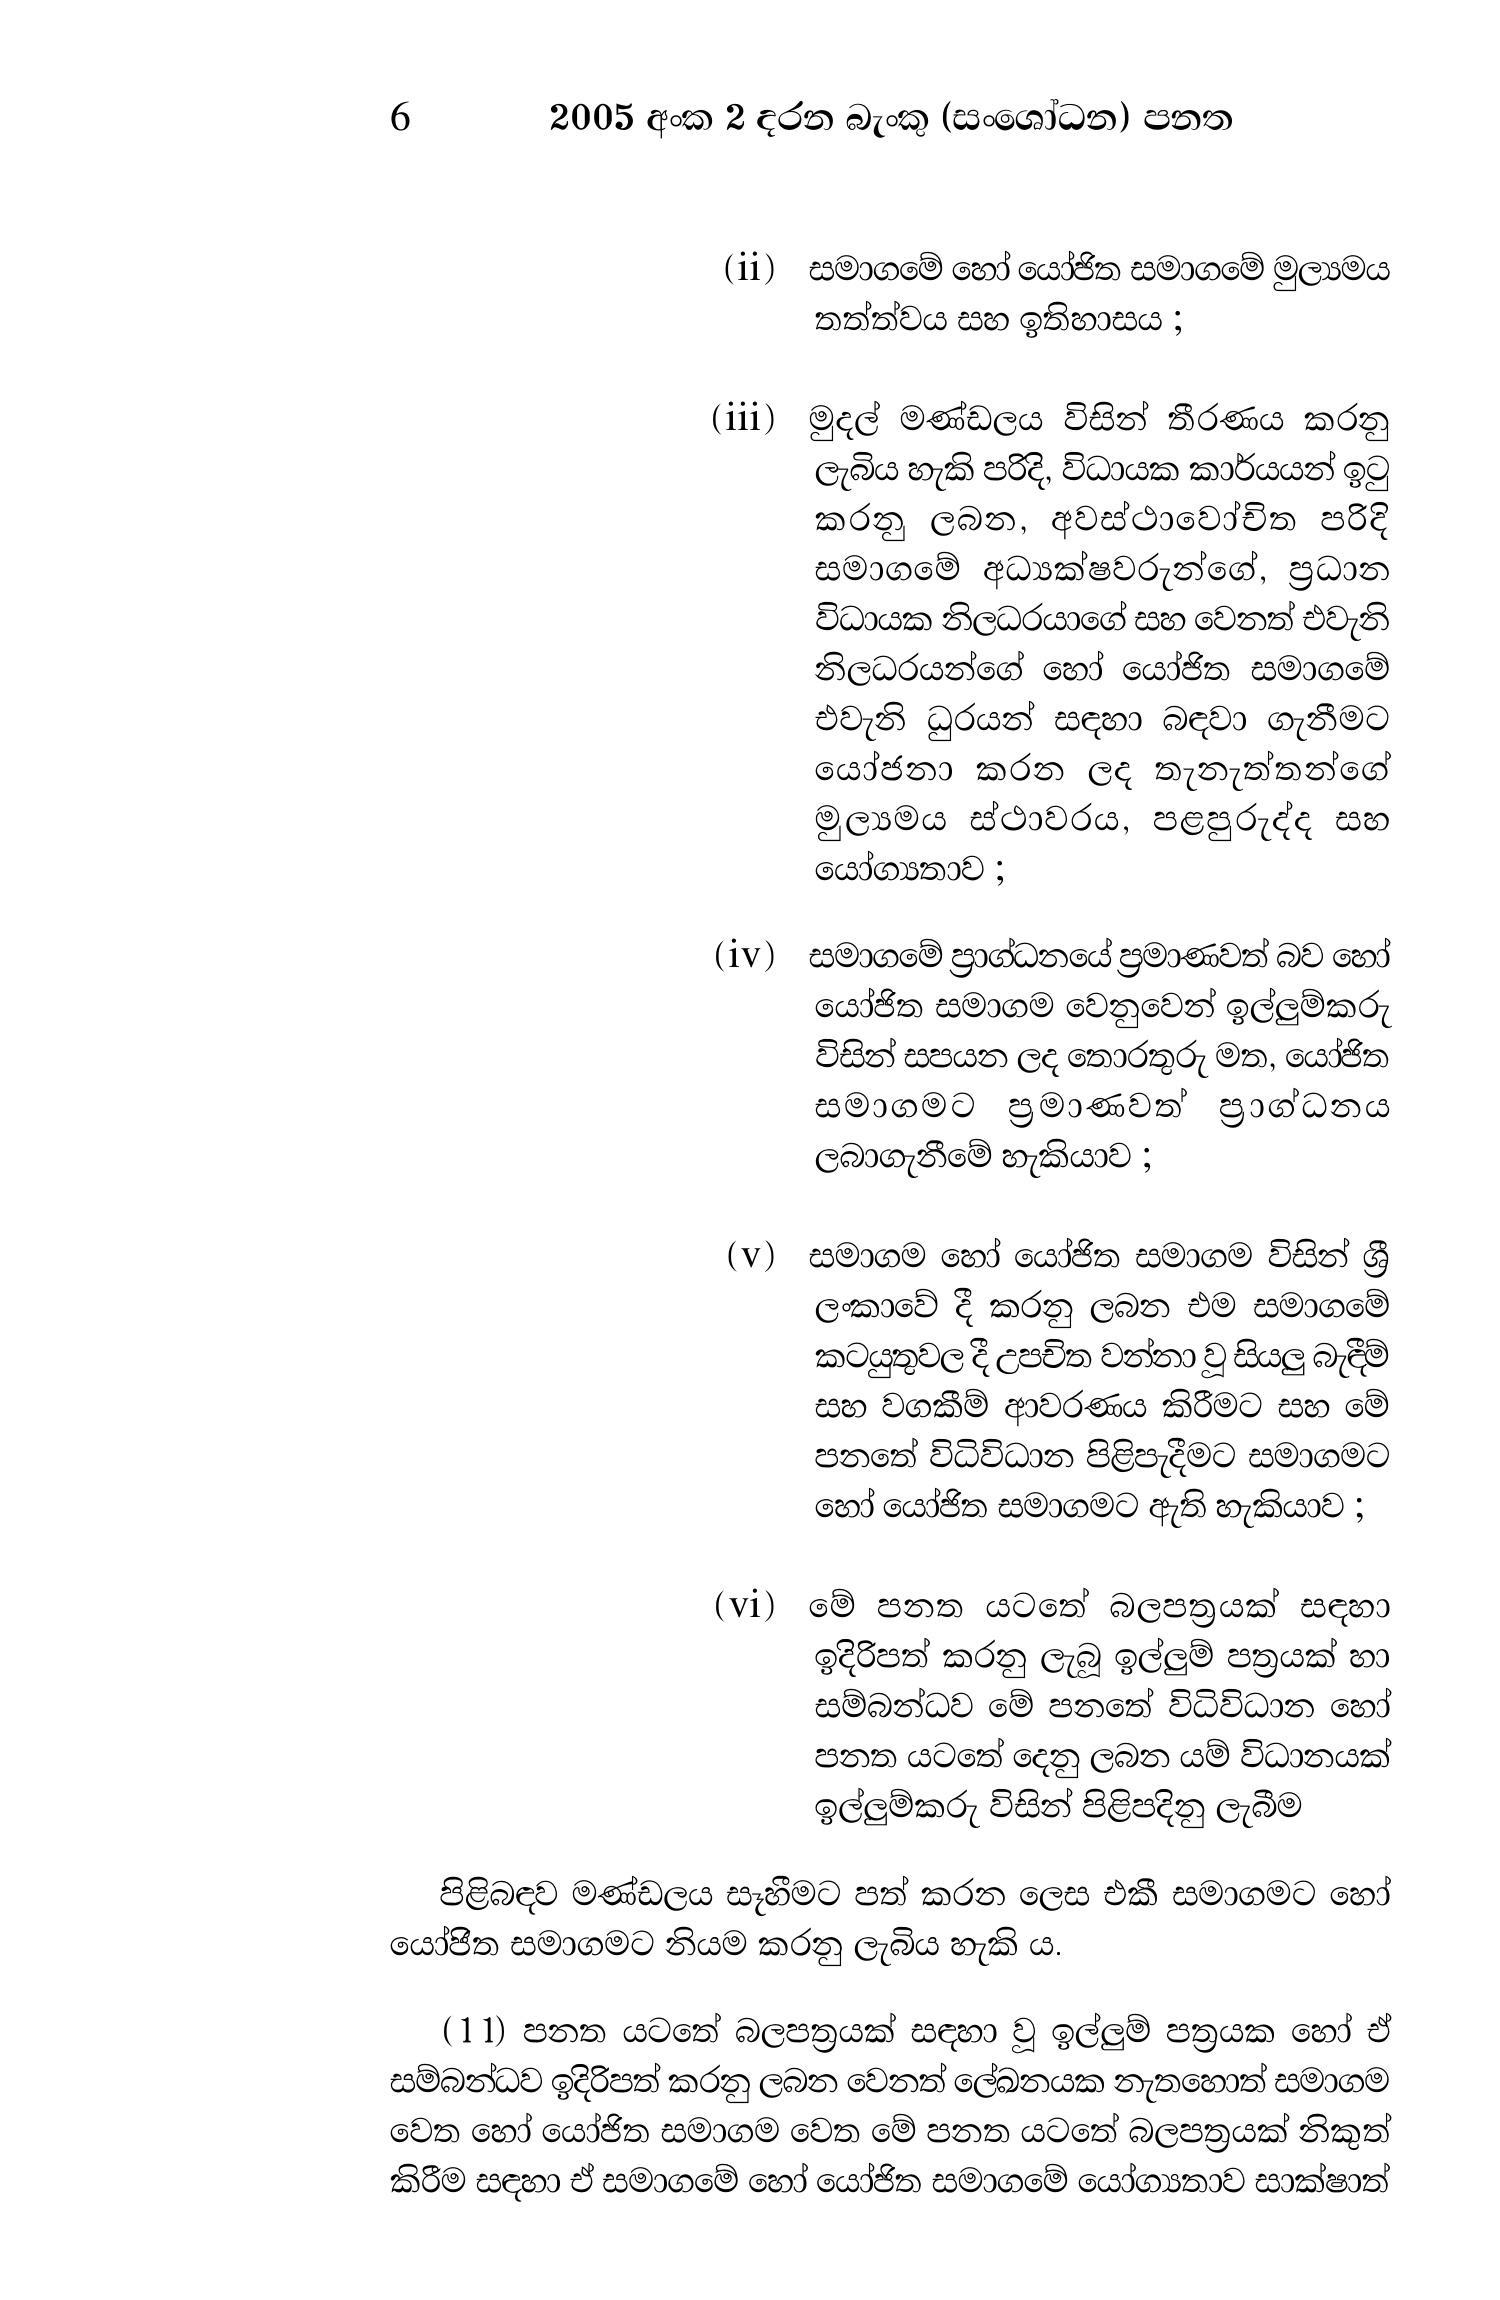
6 2005 අංක 2 දරන බැංකු (සංශෝධන) පනත

(ii) සමාගමේ හෝ යෝජිත සමාගමේ මුල්‍යමය
තත්ත්වය සහ ඉතිහාසය ;

(iii) මුදල් මණ්ඩලය විසින් තීරණය කරනු
ලැබිය හැකි පරිදි, විධායක කාර්යයන් ඉටු
කරනු ලබන, අවස්ථාවෝචිත පරිදි
සමාගමේ අධ්‍යක්ෂවරුන්ගේ, ප්‍රධාන
විධායක නිලධරයාගේ සහ වෙනත් එවැනි
නිලධරයන්ගේ හෝ යෝජිත සමාගමේ
එවැනි ධුරයන් සඳහා බඳවා ගැනීමට
යෝජනා කරන ලද තැනැත්තන්ගේ
මුල්‍යමය ස්ථාවරය, පළපුරුද්ද සහ
යෝග්‍යතාව ;

(iv) සමාගමේ ප්‍රාග්ධනයේ ප්‍රමාණවත් බව හෝ
යෝජිත සමාගම වෙනුවෙන් ඉල්ලුම්කරු
විසින් සපයන ලද තොරතුරු මත, යෝජිත
සමාගමට ප්‍රමාණවත් ප්‍රාග්ධනය
ලබාගැනීමේ හැකියාව ;

(v) සමාගම හෝ යෝජිත සමාගම විසින් ශ්‍රී
ලංකාවේ දී කරනු ලබන එම සමාගමේ
කටයුතුවල දී උපචිත වන්නා වූ සියලු බැඳීම්
සහ වගකීම් ආවරණය කිරීමට සහ මේ
පනතේ විධිවිධාන පිළිපැදීමට සමාගමට
හෝ යෝජිත සමාගමට ඇති හැකියාව ;

(vi) මේ පනත යටතේ බලපත්‍රයක් සඳහා
ඉදිරිපත් කරනු ලැබූ ඉල්ලුම් පත්‍රයක් හා
සම්බන්ධව මේ පනතේ විධිවිධාන හෝ
පනත යටතේ දෙනු ලබන යම් විධානයක්
ඉල්ලුම්කරු විසින් පිළිපදිනු ලැබීම

පිළිබඳව මණ්ඩලය සෑහීමට පත් කරන ලෙස එකී සමාගමට හෝ
යෝජිත සමාගමට නියම කරනු ලැබිය හැකි ය.

(11) පනත යටතේ බලපත්‍රයක් සඳහා වූ ඉල්ලුම් පත්‍රයක හෝ ඒ
සම්බන්ධව ඉදිරිපත් කරනු ලබන වෙනත් ලේඛනයක නැතහොත් සමාගම
වෙත හෝ යෝජිත සමාගම වෙත මේ පනත යටතේ බලපත්‍රයක් නිකුත්
කිරීම සඳහා ඒ සමාගමේ හෝ යෝජිත සමාගමේ යෝග්‍යතාව සාක්ෂාත්